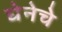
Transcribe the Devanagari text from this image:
घेनेचे